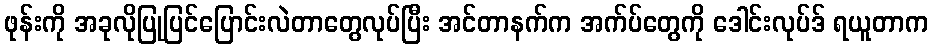
ဖုန်းကို အခုလိုပြုပြင်ပြောင်းလဲတာတွေလုပ်ပြီး အင်တာနက်က အက်ပ်တွေကို ဒေါင်းလုပ်ဒ် ရယူတာက